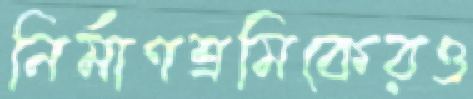
নির্মাণশ্রমিকেরও